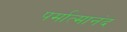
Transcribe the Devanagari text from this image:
पर्मात्मानंद